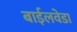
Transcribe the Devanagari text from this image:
बाईलवेडा